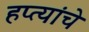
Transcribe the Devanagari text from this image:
हप्त्यांचे